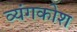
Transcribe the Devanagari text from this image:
व्यंगकोश